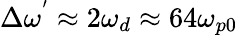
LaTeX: \Delta\omega^{'}\approx 2\omega_{d}\approx 64\omega_{p0}